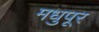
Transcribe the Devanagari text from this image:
मधुपूर